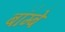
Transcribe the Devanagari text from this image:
बॉम्‍बे